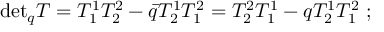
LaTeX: \mathrm { d e t } _ { q } T = T _ { 1 } ^ { 1 } T _ { 2 } ^ { 2 } - \bar { q } T _ { 2 } ^ { 1 } T _ { 1 } ^ { 2 } = T _ { 2 } ^ { 2 } T _ { 1 } ^ { 1 } - q T _ { 2 } ^ { 1 } T _ { 1 } ^ { 2 } \ ;